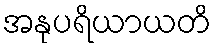
အနုပရိယာယတိ